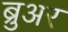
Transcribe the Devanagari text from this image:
ब्रुअर